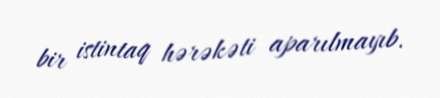
bir istintaq hərəkəti aparılmayıb.